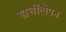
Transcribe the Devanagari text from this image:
खर्चीलेपन